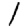
Digit: 1